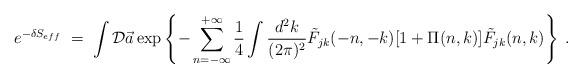
LaTeX: \begin{align*}e^{-\delta S_{eff}}\;=\; \int {\cal D}\vec a \exp\left\{-\sum_{n=-\infty}^{+\infty}\frac{1}{4} \int \frac{d^2k}{(2\pi)^2} {\tilde F}_{jk}(-n,-k)[1+\Pi (n,k)]{\tilde F}_{jk}(n,k) \right\} \;.\end{align*}